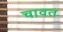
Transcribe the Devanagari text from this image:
चावत